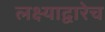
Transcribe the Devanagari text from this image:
लक्ष्याद्वारेच